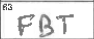
Transcription: FBT